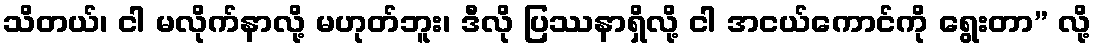
သိတယ်၊ ငါ မလိုက်နာလို့ မဟုတ်ဘူး၊ ဒီလို ပြဿနာရှိလို့ ငါ အငယ်ကောင်ကို ရွေးတာ” လို့